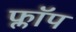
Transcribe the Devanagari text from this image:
फ्लाॅप